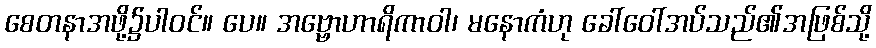
စေတနာအဖို့၌ပါဝင်။ ပေ။ အဗ္ဗောဟာရိကာဝါ၊ မနောကံဟု ခေါ်ဝေါ်အပ်သည်၏အဖြစ်သို့